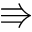
\Rrightarrow